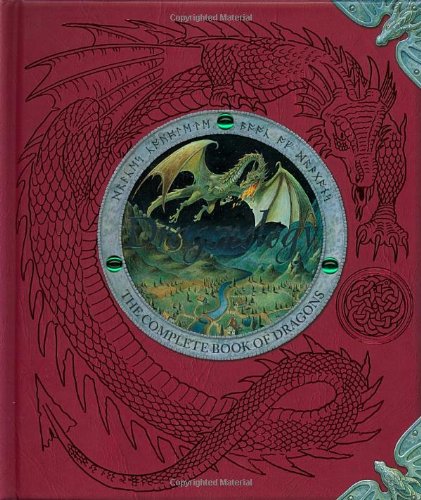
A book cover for Dragonology: The Complete Book of Dragons (Ologies); Dr. Ernest Drake; Children's Books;